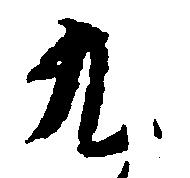
九